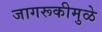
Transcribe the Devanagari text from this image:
जागरूकीमुळे